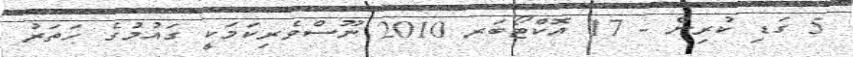
5 ގަޑި ކުރިން - 17 އޮކްޓޯބަރ 2010 ނޫސްވެރިކަމަކީ ގައުމުގެ ހަތަރު